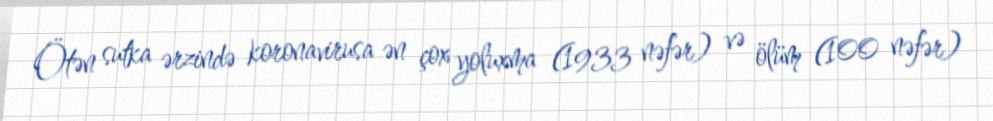
Ötən sutka ərzində koronavirusa ən çox yoluxma (1933 nəfər) və ölüm (100 nəfər)